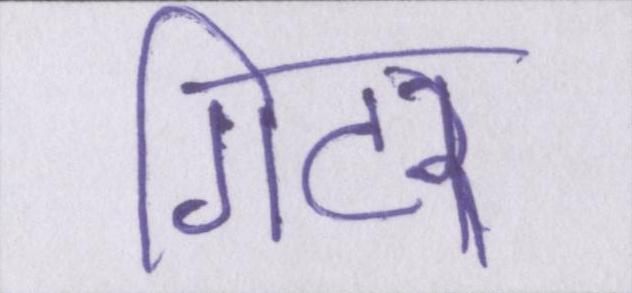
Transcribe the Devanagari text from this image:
गिटर